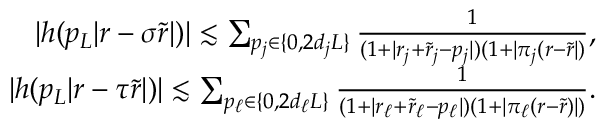
\begin{array} { r } { | h ( p _ { L } | r - \sigma \tilde { r } | ) | \lesssim \sum _ { \substack { p _ { j } \in \{ 0 , 2 d _ { j } L \} } } \frac { 1 } { ( 1 + | r _ { j } + \tilde { r } _ { j } - p _ { j } | ) ( 1 + | \pi _ { j } ( r - \tilde { r } | ) } , } \\ { | h ( p _ { L } | r - \tau \tilde { r } | ) | \lesssim \sum _ { \substack { p _ { \ell } \in \{ 0 , 2 d _ { \ell } L \} } } \frac { 1 } { ( 1 + | r _ { \ell } + \tilde { r } _ { \ell } - p _ { \ell } | ) ( 1 + | \pi _ { \ell } ( r - \tilde { r } ) | ) } . } \end{array}